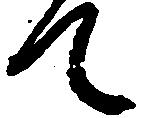
て